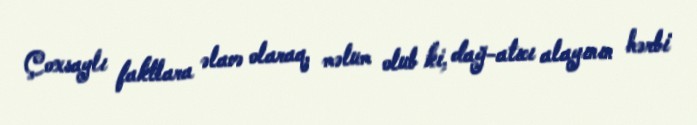
Çoxsaylı faktlara əlavə olaraq, məlum olub ki, dağ-atıcı alayının hərbi